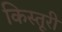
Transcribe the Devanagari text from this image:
किस्तूरी